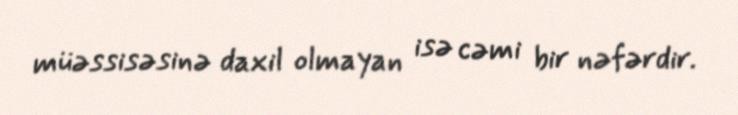
müəssisəsinə daxil olmayan isə cəmi bir nəfərdir.